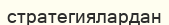
стратегиялардан